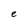
Character: e